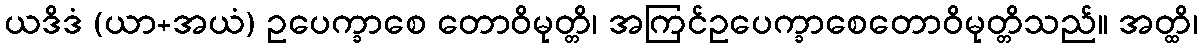
ယဒိဒံ (ယာ+အယံ) ဥပေက္ခာစေ တောဝိမုတ္တိ၊ အကြင်ဥပေက္ခာစေတောဝိမုတ္တိသည်။ အတ္ထိ၊